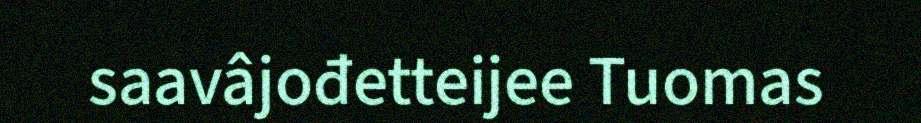
saavâjođetteijee Tuomas